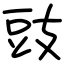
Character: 豉